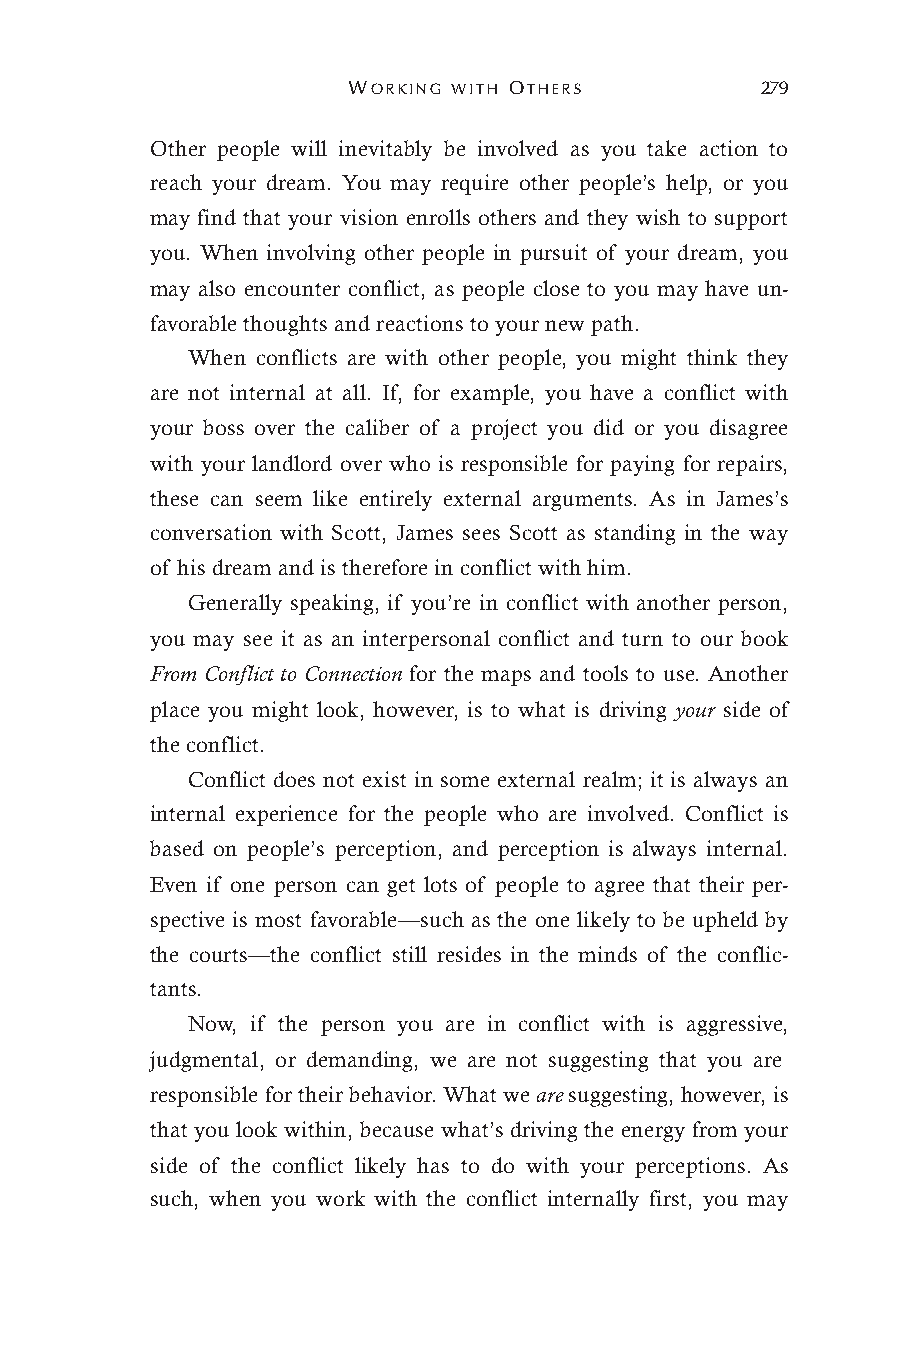
WORKING WITH OTHERS        279
 Other people will inevitably be involved as you take action to
 reach your dream. You may require other people’s help, or you
 may find that your vision enrolls others and they wish to support
 you. When involving other people in pursuit of your dream, you
 may also encounter conflict, as people close to you may have un-
 favorable thoughts and reactions to your new path.
 When conflicts are with other people, you might think they
 are not internal at all. If, for example, you have a conflict with
 your boss over the caliber of a project you did or you disagree
 with your landlord over who is responsible for paying for repairs,
 these can seem like entirely external arguments. As in James’s
 conversation with Scott, James sees Scott as standing in the way
 of his dream and is therefore in conflict with him.
 Generally speaking, if you’re in conflict with another person,
 you may see it as an interpersonal conflict and turn to our book
 From Conflict to Connection for the maps and tools to use. Another
 place you might look, however, is to what is driving your side of
 the conflict.
 Conflict does not exist in some external realm; it is always an
 internal experience for the people who are involved. Conflict is
 based on people’s perception, and perception is always internal.
 Even if one person can get lots of people to agree that their per-
 spective is most favorable—such as the one likely to be upheld by
 the courts—the conflict still resides in the minds of the conflic-
 tants.
 Now, if the person you are in conflict with is aggressive,
 judgmental, or demanding, we are not suggesting that you are
 responsible for their behavior. What we are suggesting, however, is
 that you look within, because what’s driving the energy from your
 side of the conflict likely has to do with your perceptions. As
 such, when you work with the conflict internally first, you may